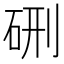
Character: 硎